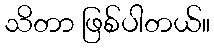
သိတာ ဖြစ်ပါတယ်။